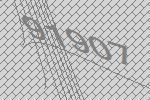
91907